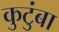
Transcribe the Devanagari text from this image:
कुटुंबा